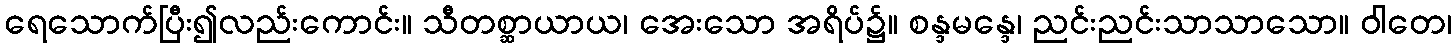
ရေသောက်ပြီး၍လည်းကောင်း။ သီတစ္ဆာယာယ၊ အေးသော အရိပ်၌။ စန္ဒမန္ဒေ၊ ညင်းညင်းသာသာသော။ ဝါတေ၊